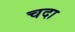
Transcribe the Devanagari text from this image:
चदा